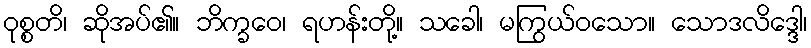
ဝုစ္စတိ၊ ဆိုအပ်၏။ ဘိက္ခဝေ၊ ရဟန်းတို့။ သခေါ၊ မကြွယ်ဝသော။ သောဒလိဒ္ဒေါ၊